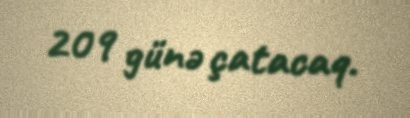
209 günə çatacaq.